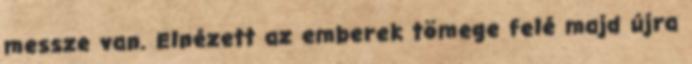
messze van. Elnézett az emberek tömege felé majd újra